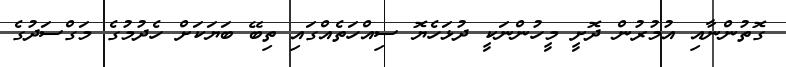
ގޮތުންނާއި އުމުރުން ދޮށީ މީހުންނަކީ ދުޅަހެޔޮ ސިއްހަތެއްގައި ތިބޭ ބަޔަކަށް ހެދުމުގެ މަގްސަދުގެ